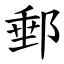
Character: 郵